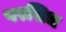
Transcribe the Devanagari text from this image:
परसिध